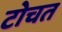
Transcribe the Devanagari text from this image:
टोचत